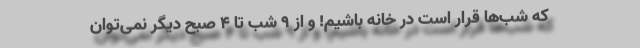
که شب‌ها قرار است در خانه باشیم! و از 9 شب تا 4 صبح دیگر نمی‌توان